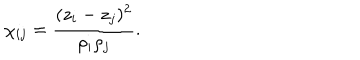
\chi _ { i j } = { \frac { ( z _ { i } - z _ { j } ) ^ { 2 } } { \rho _ { i } \rho _ { j } } } .